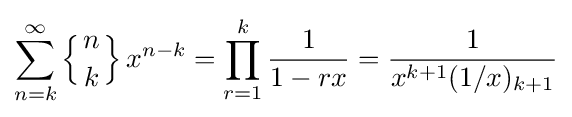
\sum _{n=k}^{\infty }\left\{{n \atop k}\right\}x^{n-k}=\prod _{r=1}^{k}{\frac {1}{1-rx}}={\frac {1}{x^{k+1}(1/x)_{k+1}}}